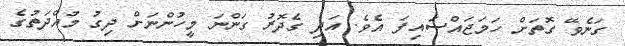
ގަނެވޭ ގޮތަށް ހަމަޖައްސައިފަ އެވެ. އަދި ގެދޮރު ގަންނަ މީހުންނަށް ދިގު މުއްދަތުގެ